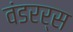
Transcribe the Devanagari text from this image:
वंडरर्स